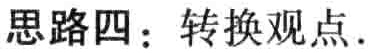
思路四：转换观点.